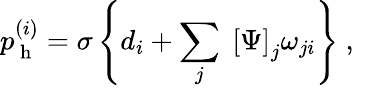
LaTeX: p_{\mathrm{~h~}}^{(i)}=\sigma\left\{ d_{i}+\sum_{j}\; \left[\Psi\right]_{j}\omega_{ji}\right\} \mathrm{~,~}